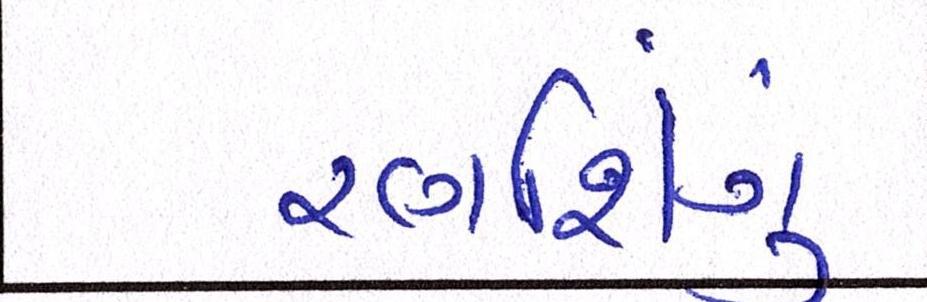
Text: રણશિંગુ